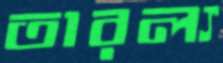
তারল্য